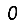
Digit: 0